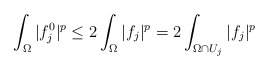
\begin{align*} \int_\Omega |f^0_j|^p \leq 2\int_\Omega |f_j|^p = 2\int_{\Omega\cap U_j} |f_j|^p\end{align*}